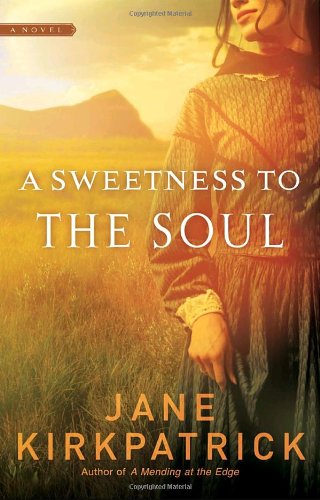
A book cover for A Sweetness to the Soul (Dreamcatcher Series #1); Jane Kirkpatrick; Romance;